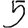
Digit: 5